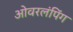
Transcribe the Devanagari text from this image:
ओवरलंपिंग